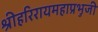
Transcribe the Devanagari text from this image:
श्रीहरिरायमहाप्रभुजी